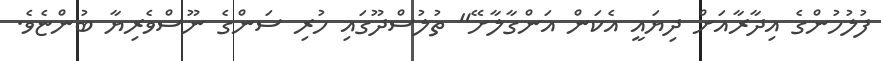
ފުލުހުންގެ އިދާރާއަށް ދިޔައީ އެކަން އަންގާލާށޭ" ތުލުސްދޫގައި ހުރި ސަންގެ ނޫސްވެރިޔާ ބުންޏެވެ.